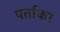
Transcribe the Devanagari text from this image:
पर्ताकर